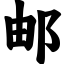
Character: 邮